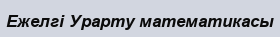
Ежелгі Урарту математикасы